Quinine and its salts - Number 41
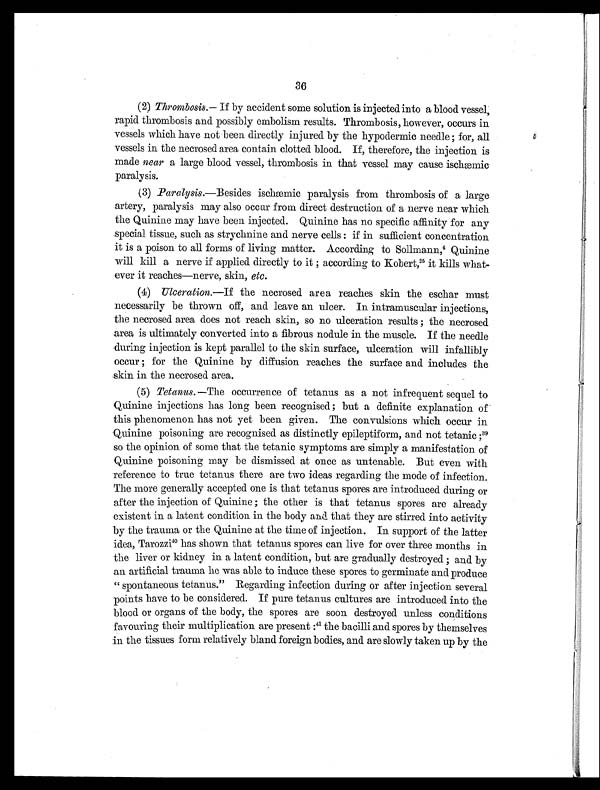
36
(2) Thrombosis.— If by accident some solution is injected into a blood vessel,
rapid thrombosis and possibly embolism results. Thrombosis, however, occurs in
vessels which have not been directly injured by the hypodermic needle ; for, all
vessels in the necrosed area contain clotted blood. If, therefore, the injection is
made near a large blood vessel, thrombosis in that vessel may cause ischæmic
paralysis.
(3) Paralysis.—Besides ischæmic paralysis from thrombosis of a large
artery, paralysis may also occur from direct destruction of a nerve near which
the Quinine may have been injected. Quinine has no specific affinity for any
special tissue, such as strychnine and nerve cells : if in sufficient concentration
it is a poison to all forms of living matter. According to Sollmann 4 Quinine
will kill a nerve if applied directly to it ; according to Kobert, 25it kills what-
ever it reaches—nerve, skin, etc.
(4) Ulceration. —If the necrosed area reaches skin the eschar must
necessarily be thrown off, and leave an ulcer. In intramuscular injections,
the necrosed area does not reach skin, so no ulceration results ; the necrosed
area is ultimately converted into a fibrous nodule in the muscle. If the needle
during injection is kept parallel to the skin surface, ulceration will infallibly
occur ; for the Quinine by diffusion reaches the surface and includes the
skin in the necrosed area.
(5) Tetanus. —The occurrence of tetanus as a not infrequent sequel to
Quinine injections has long been recognised; but a definite explanation of
this phenomenon has not yet been given. The convulsions which occur in
Quinine poisoning are recognised as distinctly epileptiform, and not tetanic ; 3 9
so the opinion of some that the tetanic symptoms are simply a manifestation of
Quinine poisoning may be dismissed at once as untenable. But even with
reference to true tetanus there are two ideas regarding the mode of infection.
The more generally accepted one is that tetanus spores are introduced during or
after the injection of Quinine ; the other is that tetanus spores are already
existent in a latent condition in the body and that they are stirred into activity
by the trauma or the Quinine at the time of injection. In support of the latter
idea, Tarozzi: 4 0
h a s s h o w n t h a t t e t a n u s s p o r e s c a n l i v e f o r o v e r t h r e e m o n t h s i n
the liver or kidney in a latent condition, but are gradually destroyed ; and by
an artificial trauma lie was able to induce these spores to germinate and produce
" spontaneous tetanus." Regarding infection during or after injection several
points have to be considered. If pure tetanus cultures are introduced into the
blood or organs of the body, the spores are soon destroyed unless conditions
favouring their multiplication are present:41 the bacilli and spores by themselves
in the tissues form relatively bland foreign bodies, and are slowly taken up by the